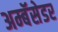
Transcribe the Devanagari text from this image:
अम्बॅसेडर